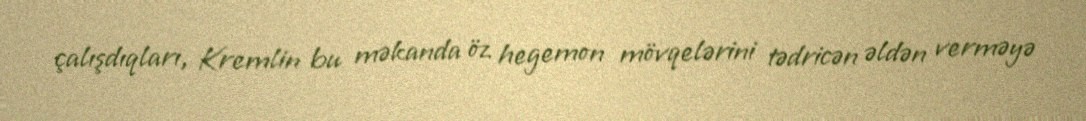
çalışdıqları, Kremlin bu məkanda öz hegemon mövqelərini tədricən əldən verməyə